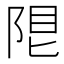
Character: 𨹨